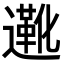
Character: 𬩑